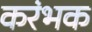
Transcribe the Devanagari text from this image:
करंभक